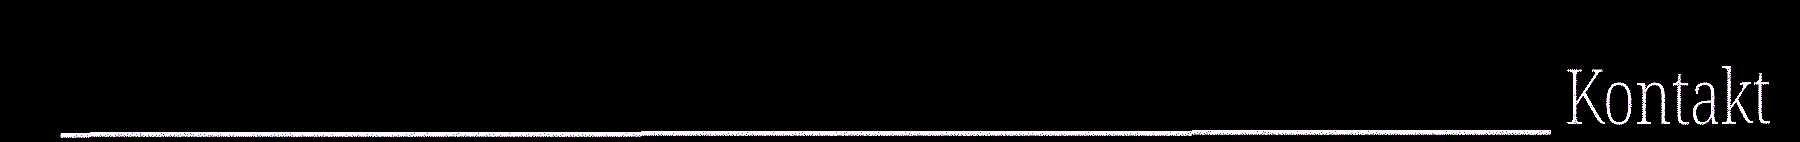
________________________________________________________ Kontakt